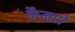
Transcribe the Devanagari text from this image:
कैमरो